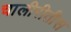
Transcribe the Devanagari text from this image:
चालीरीतीस